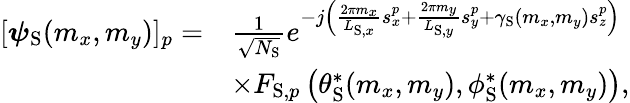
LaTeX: \begin{array}{rl}{[\boldsymbol{\psi}_{\mathrm{S}}(m_{x},m_{y})]_{p}=}&{\frac{1}{\sqrt{N_{\mathrm{S}}}}e^{-j\left(\frac{2\pi m_{x}}{L_{\mathrm{S},x}}s_{x}^{p}+\frac{2\pi m_{y}}{L_{\mathrm{S},y}}s_{y}^{p}+\gamma_{\mathrm{S}}(m_{x},m_{y})s_{z}^{p}\right)}}\\ &{\times F_{\mathrm{S},p}\left(\theta_{\mathrm{S}}^{*}(m_{x},m_{y}),\phi_{\mathrm{S}}^{*}(m_{x},m_{y})\right),}\end{array}